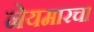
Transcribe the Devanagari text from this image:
नेयमारचा